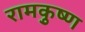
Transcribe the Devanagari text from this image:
रामकृुष्ण